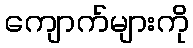
ကျောက်များကို